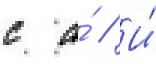
с а́ // И́